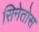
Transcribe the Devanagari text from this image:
सिनेतोस